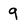
Character: 9